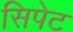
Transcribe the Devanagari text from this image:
सिपेट